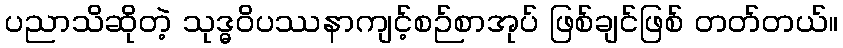
ပညာသိဆိုတဲ့ သုဒ္ဓဝိပဿနာကျင့်စဉ်စာအုပ် ဖြစ်ချင်ဖြစ် တတ်တယ်။